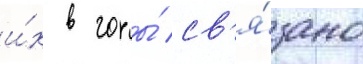
и́х в горы́ св'я́зано